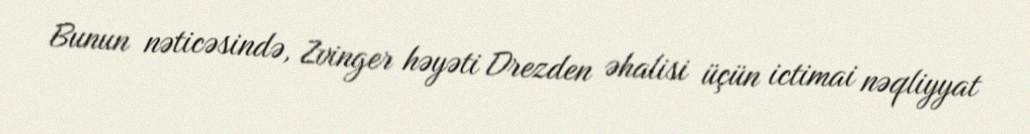
Bunun nəticəsində, Zvinger həyəti Drezden əhalisi üçün ictimai nəqliyyat